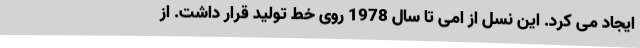
ایجاد می کرد. این نسل از امی تا سال 1978 روی خط تولید قرار داشت. از